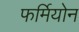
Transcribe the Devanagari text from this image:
फर्मियोन